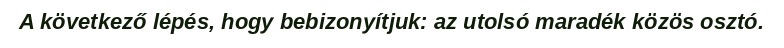
A következő lépés, hogy bebizonyítjuk: az utolsó maradék közös osztó.